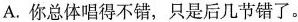
A.你总体唱得不错，只是后几节错了。